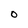
Character: O